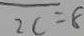
2 c = 8